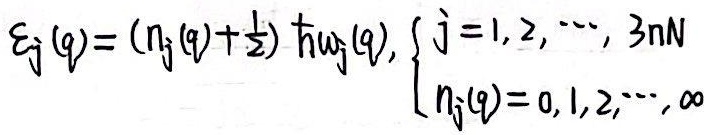
\[\varepsilon_j(q)=\left(n_j(q)+\frac{1}{2}\right)\hbar\omega_j(q), \begin{cases}j = 1,2,\cdots,3nN\\n_j(q)=0,1,2,\cdots,\infty\end{cases}\]